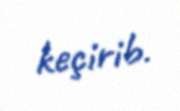
keçirib.